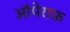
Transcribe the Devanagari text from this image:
ऑपेराफ़